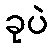
ခုပဲ